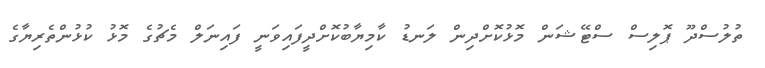
ތުލުސްދޫ ޕޮލިސް ސްޓޭޝަން މޮޅުކޮށްދިން ލަނޑު ކާމިޔާބުކޮށްދީފައިވަނީ ފައިނަލް މެޗުގެ މޮޅު ކުޅުންތެރިޔާގެ